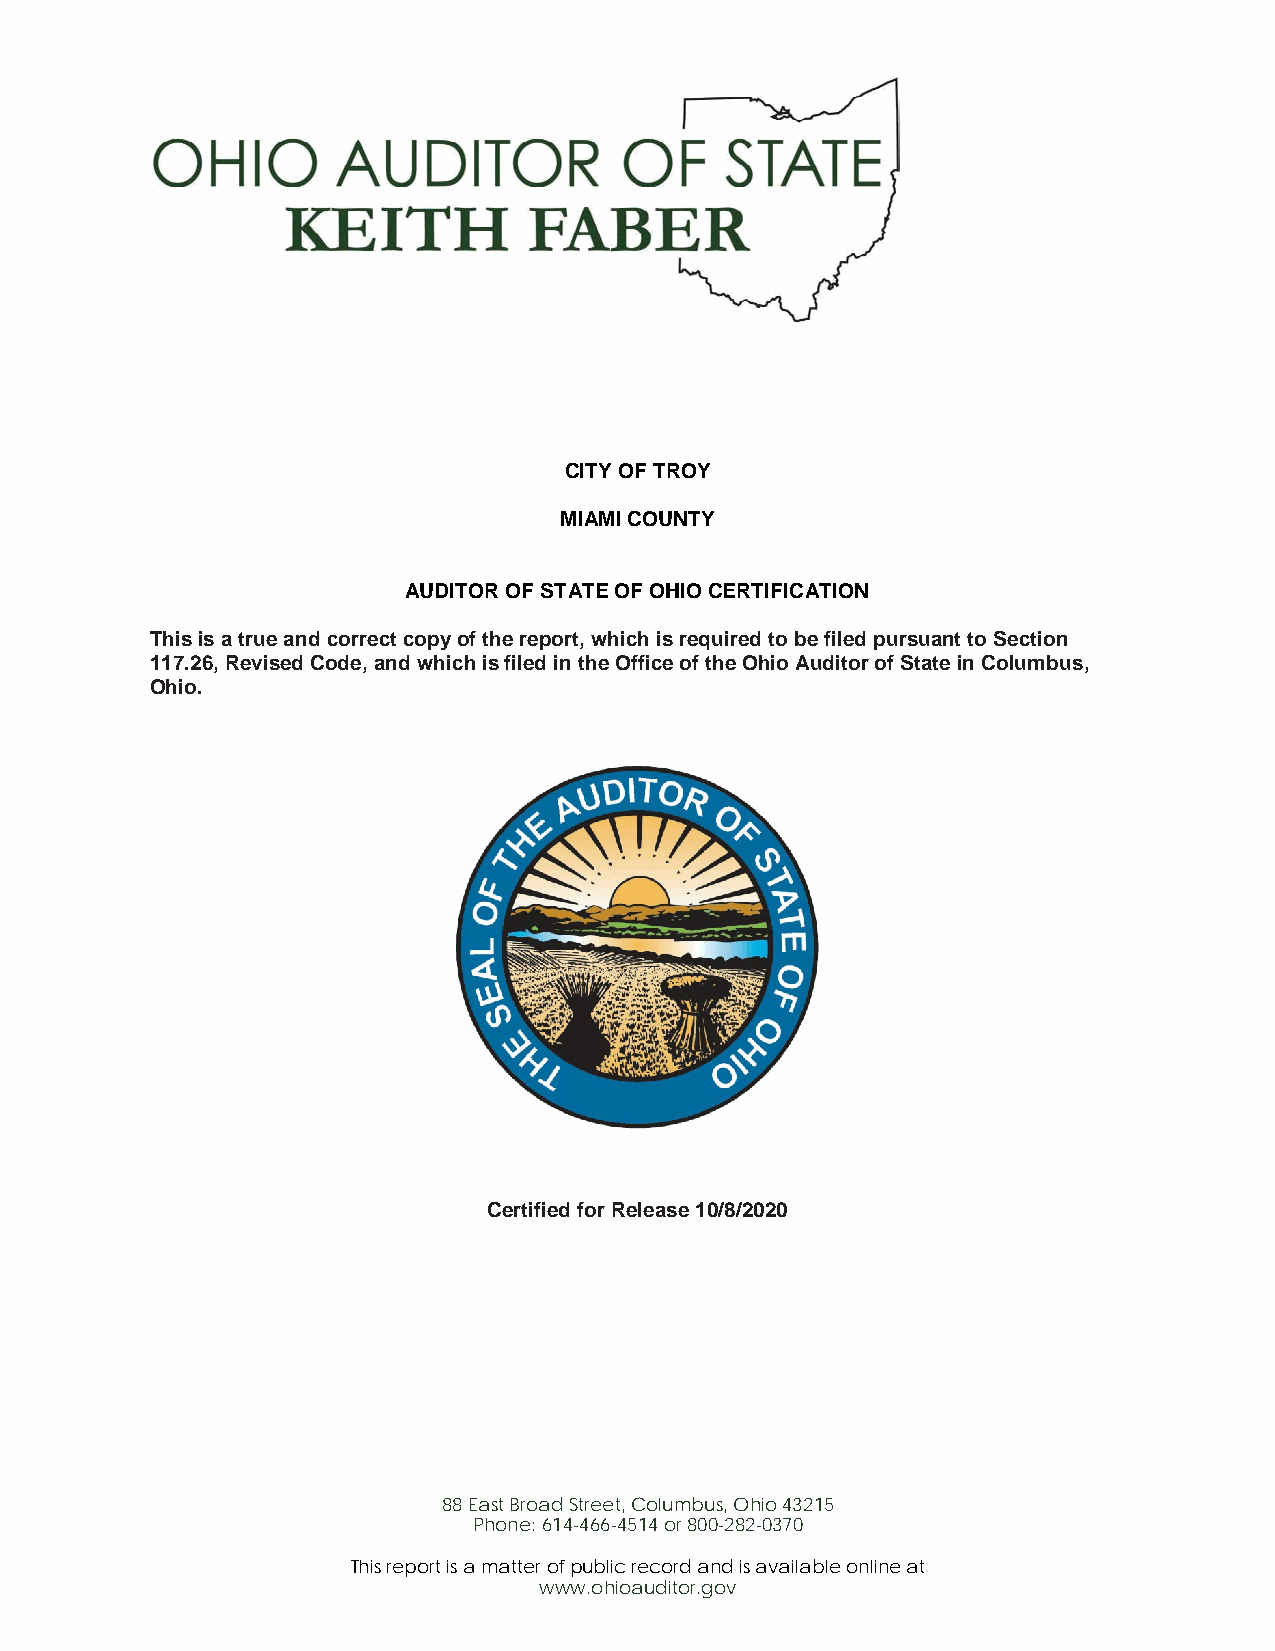
CITY OF TROY
 MIAMI COUNTY
 AUDITOR OF STATE OF OHIO CERTIFICATION
 This is a true and correct copy of the report, which is required to be filed pursuant to Section
 117.26, Revised Code, and which is filed in the Office of the Ohio Auditor of State in Columbus,
 Ohio.
 Certified for Release 10/8/2020
 88 East Broad Street, Columbus, Ohio 43215
 Phone: 614-466-4514 or 800-282-0370
 This report is a matter of public record and is available online at
 www.ohioauditor.gov